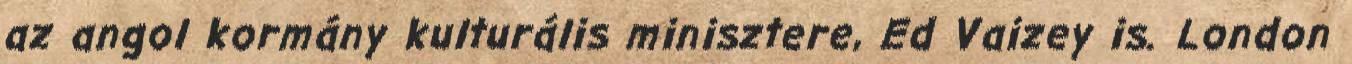
az angol kormány kulturális minisztere, Ed Vaizey is. London